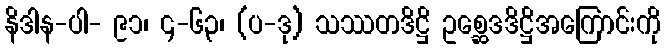
နိဒါန-ပါ- ၉၁၊ ၄-၆၃၊ (ပ-ဒု) သဿတဒိဋ္ဌိ ဥစ္ဆေဒဒိဋ္ဌိအကြောင်းကို